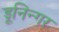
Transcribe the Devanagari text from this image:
डूनिन्गर